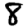
Digit: 8